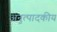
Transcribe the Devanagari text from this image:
अनुत्पादकीय